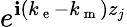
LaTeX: e^{\mathbf{i}(k_{\mathrm{{~e~}}}-k_{\mathrm{{~m~}}})z_{j}}